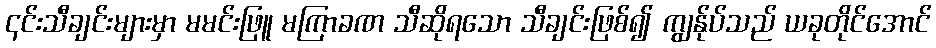
၎င်းသီချင်းများမှာ မမင်းဖြူ မကြာခဏ သီဆိုရသော သီချင်းဖြစ်၍ ကျွန်ုပ်သည် ယခုတိုင်အောင်